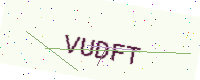
Text: VUDFT